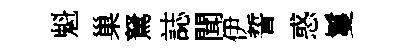
魁巢駑誌聞伊誓惑鬘